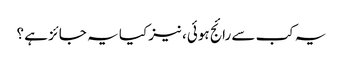
یہ کب سے رائج ہوئی، نیز کیا یہ جائز ہے ؟